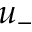
u _ { - }